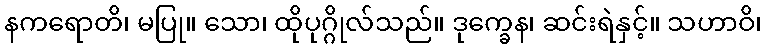
နကရောတိ၊ မပြု။ သော၊ ထိုပုဂ္ဂိုလ်သည်။ ဒုက္ခေန၊ ဆင်းရဲနှင့်။ သဟာဝိ၊